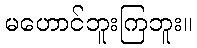
မဟောင်ဘူးကြဘူး။